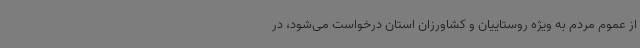
از عموم مردم به ‌ویژه روستاییان و کشاورزان استان درخواست می‌شود، در